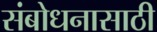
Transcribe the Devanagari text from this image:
संबोधनासाठी